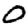
Digit: 0